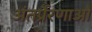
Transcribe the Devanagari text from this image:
अंतर्प्रेरणाओं